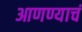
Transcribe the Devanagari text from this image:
आणण्याचं